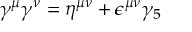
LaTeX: \gamma ^ { \mu } \gamma ^ { \nu } = \eta ^ { \mu \nu } + \epsilon ^ { \mu \nu } \gamma _ { 5 }